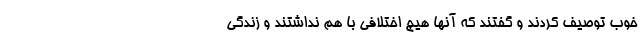
خوب توصیف کردند و گفتند که آنها هیچ اختلافی با هم نداشتند و زندگی